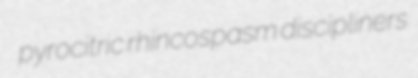
pyrocitric rhincospasm discipliners